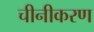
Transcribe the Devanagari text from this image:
चीनीकरण